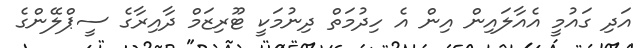
އަދި ގައުމީ އެއާލައިން އިން އެ ހިދުމަތް ދިނުމަކީ ޓޫރިޒަމް ދާއިރާގެ ސީޕްލޭންގެ